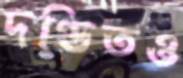
দণ্ডিতও